Civil Veterinary Dept. Assam report 1927-50 - 1927-1950
Year: 1927
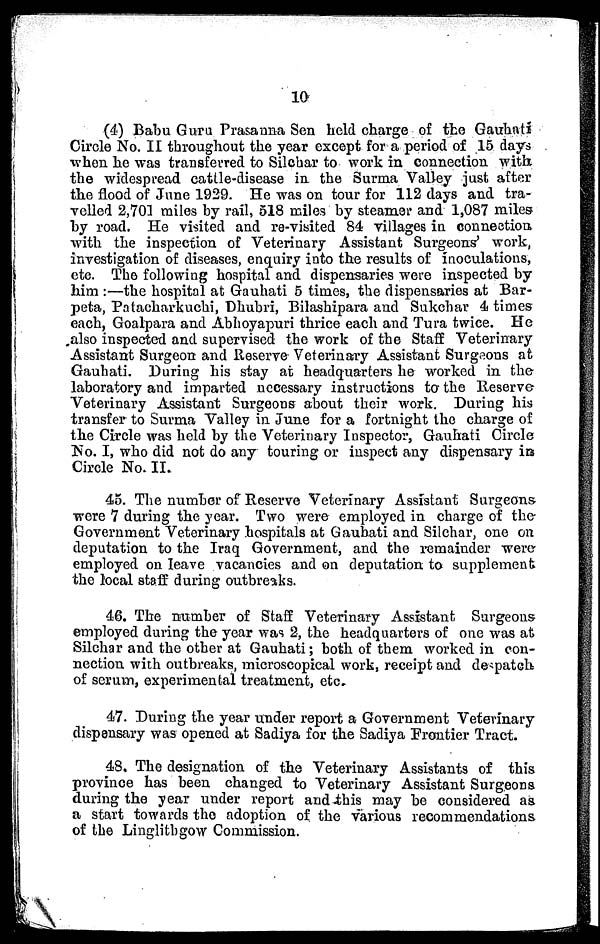
10
(4) Babu Guru Prasauna Sen held charge of the Gauhati
Circle No. II throughout the year except for a period of 15 days
when he was transferred to Silchar to work in connection with
the widespread cattle-disease in the Surma Valley just after
the flood of June 1929. He was on tour for 112 days and tra-
velled 2,701 miles by rail, 518 miles by steamer and 1,087 miles
by road. He visited and re-visited 84 villages in connection.
with the inspection of Veterinary Assistant Surgeons' work,
investigation of diseases, enquiry into the results of inoculations,
etc. The following hospital and dispensaries were inspected by
him :—the hospital at Gauhati 5 times, the dispensaries at Bar-
peta, Patacharkuchi, Dhubri, Bilashipara and Sukchar 4 times
each, Goalpara and Abhoyapuri thrice each and Tura twice. He
also inspected and supervised the work of the Staff Veterinary
Assistant Surgeon and Reserve Veterinary Assistant Surgeons at
Gauhati. During his stay at headquarters he worked in the
laboratory and imparted necessary instructions to the Reserve-
Veterinary Assistant Surgeons about their work. During his
transfer to Surma Valley in June for a fortnight the charge of
the Circle was held by the Veterinary Inspector, Gauhati Circle
No. I, who did not do any touring or inspect any dispensary in
Circle No. II.
45. The number of Reserve Veterinary Assistant Surgeons
were 7 during the year. Two were employed in charge of the
Government Veterinary hospitals at Gauhati and Silchar, one on
deputation to the Iraq Government, and the remainder were
employed on leave vacancies and on deputation to supplement
the local staff during outbreaks.
46. The number of Staff Veterinary Assistant Surgeons
employed during the year was 2, the headquarters of one was at
Silchar and the other at Gauhati; both of them worked in con-
nection with outbreaks, microscopical work, receipt and despatch
of serum, experimental treatment, etc.
47. During the year under report a Government Veterinary
dispensary was opened at Sadiya for the Sadiya Frontier Tract.
48. The designation of the Veterinary Assistants of this
provinoe has been changed to Veterinary Assistant Surgeons
during the year under report and this may be considered as
a start towards the adoption of the various recommendations
of the Linglithgow Commission.